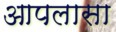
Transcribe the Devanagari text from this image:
आपलासा